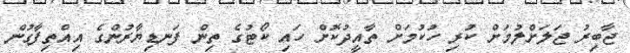
ޖާބިރު ޖަލަށްލުމަށް ކުރި ހުކުމަށް ތާއީދުކޮށް ހައި ކޯޓުގެ ތިން ފަނޑިޔާރުންގެ އިއްތިފާގުން